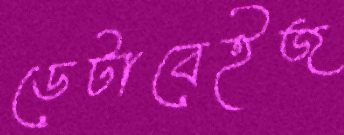
ডেটাবেইজ